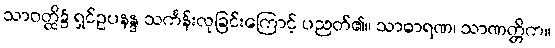
သာဝတ္ထိ၌ ရှင်ဥပနန္ဒ သင်္ကန်းလုခြင်းကြောင့် ပညတ်၏။ သာဓာရဏ၊ သာဏတ္တိက။